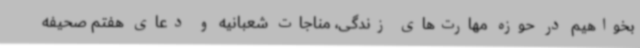
بخواهیم در حوزه مهارت‌های زندگی، مناجات شعبانیه و دعای هفتم صحیفه